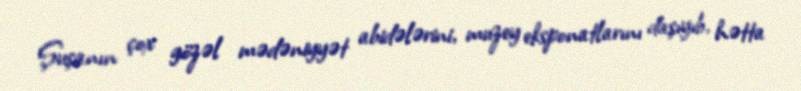
Şuşanın çox gözəl mədəniyyət abidələrini, muzey eksponatlarını daşıyıb, hətta